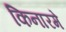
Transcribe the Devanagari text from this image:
किनारमे